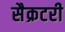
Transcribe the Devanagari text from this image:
सैक्रटरी